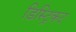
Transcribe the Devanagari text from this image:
डिस्ट्रिकट